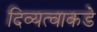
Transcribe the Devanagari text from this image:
दिव्यत्वाकडे